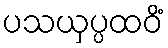
ပသယှပ္ပထဝိံ